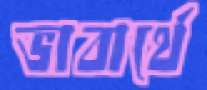
ভাবার্থে